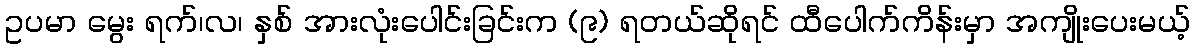
ဥပမာ မွေး ရက်၊လ၊ နှစ် အားလုံးပေါင်းခြင်းက (၉) ရတယ်ဆိုရင် ထီပေါက်ကိန်းမှာ အကျိုးပေးမယ့်